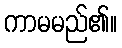
ကာမမည်၏။